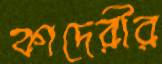
কাদেরীর